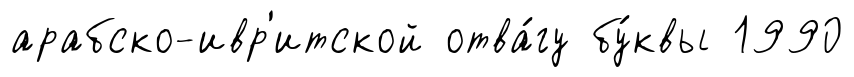
арабско-ивр'итской отва́гу бу́квы 1990